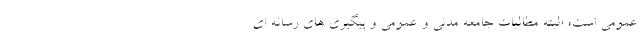
عمومی است؛ البته مطالبات جامعه مدنی و عمومی و پیگیری های رسانه ای